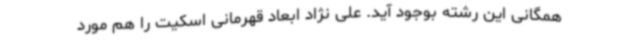
همگانی این رشته بوجود آید. علی نژاد ابعاد قهرمانی اسکیت را هم مورد